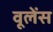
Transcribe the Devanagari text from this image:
वूलेंस